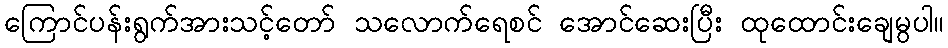
ကြောင်ပန်းရွက်အားသင့်တော် သလောက်ရေစင် အောင်ဆေးပြီး ထုထောင်းချေမွပါ။